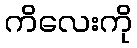
ကိလေးကို